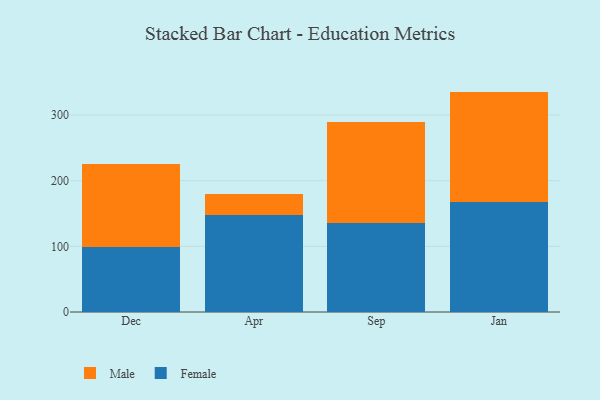
{"axis": {"x": "Month", "y": "Demand Index"}, "legend": ["Female", "Male"], "data": [{"x": "Dec", "y": 98.7, "type": "Female"}, {"x": "Dec", "y": 127.4, "type": "Male"}, {"x": "Apr", "y": 147.4, "type": "Female"}, {"x": "Apr", "y": 33.0, "type": "Male"}, {"x": "Sep", "y": 135.8, "type": "Female"}, {"x": "Sep", "y": 153.8, "type": "Male"}, {"x": "Jan", "y": 167.5, "type": "Female"}, {"x": "Jan", "y": 168.2, "type": "Male"}]}